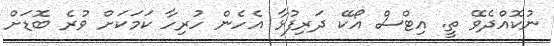
ނުކޮއްދެވޭ ތީ. އިޓްސް އޯކޭ ދަރިފުޅާ އެހެން ހުރިހާ ކަމަކަށް ވުރެ ބޮޑަށް